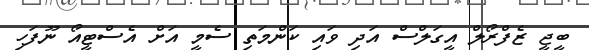
ބީޖީ ޒެފްރޯލް އީގަލްސް އަދި ވައި ކަންމަތި ސެމީ އަށް އެސްޓީއޯ ނޫފަހި